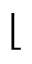
\lfloor